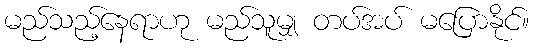
မည်သည့်နေရာဟု မည်သူမျှ တပ်အပ် မပြောနိုင်။